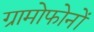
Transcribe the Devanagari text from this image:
ग्रामोफोनों